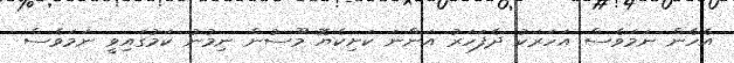
އެހެން ނަމަވެސް އަހަރަކު ދެފަހަރު އަންނަ ކަށިކެޔޮ މޫސުން ނިމުނު ކަމުގައިވީ ނަމަވެސް